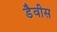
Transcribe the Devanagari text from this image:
डैवीस